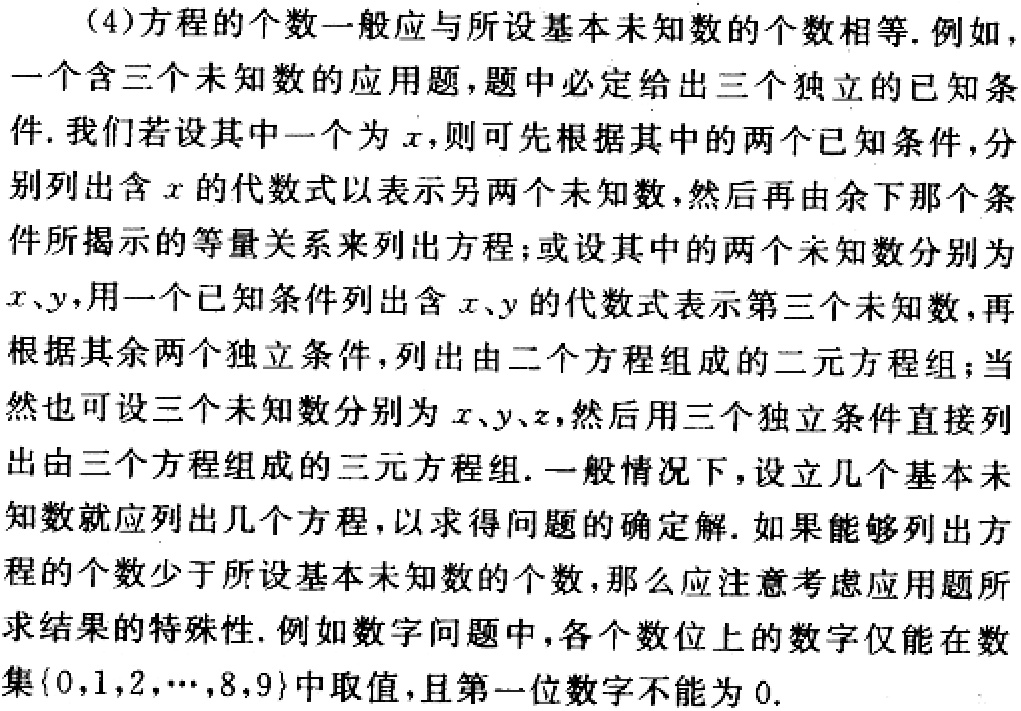
(4)方程的个数一般应与所设基本未知数的个数相等. 例如，一个含三个未知数的应用题，题中必定给出三个独立的已知条件. 我们若设其中一个为\(x\)，则可先根据其中的两个已知条件，分别列出含\(x\)的代数式以表示另两个未知数，然后再由余下那个条件所揭示的等量关系来列出方程；或设其中的两个未知数分别为\(x、y\)，用一个已知条件列出含\(x、y\)的代数式表示第三个未知数，再根据其余两个独立条件，列出由二个方程组成的二元方程组；当然也可设三个未知数分别为\(x、y、z\)，然后用三个独立条件直接列出由三个方程组成的三元方程组. 一般情况下，设立几个基本未知数就应列出几个方程，以求得问题的确定解. 如果能够列出方程的个数少于所设基本未知数的个数，那么应注意考虑应用题所求结果的特殊性. 例如数字问题中，各个数位上的数字仅能在数集\(\{0,1,2,\cdots,8,9\}\)中取值，且第一位数字不能为\(0\).